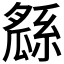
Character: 𤬖